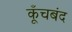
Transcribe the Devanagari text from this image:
कूँचबंद